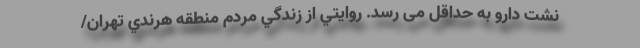
نشت دارو به حداقل می ‌رسد. روايتي از زندگي مردم منطقه هرندي تهران/